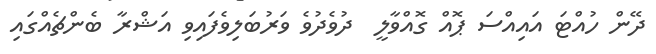
ދޭން ހުއްޓަ އައިއްސަ ޕޮއް ގޮއްވާލީ  ދުވެދުވެ ވަރުބަލިވެފައިވި އަޝްރާ ބެންޗެއްގައި